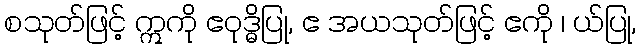
စသုတ်ဖြင့် ဣကို ဧဝုဒ္ဓိပြု, ဧ အယသုတ်ဖြင့် ဧကို ၊ ယ်ပြု,